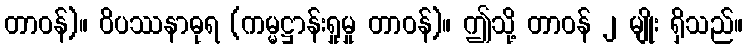
တာဝန်)။ ဝိပဿနာဓုရ (ကမ္မဋ္ဌာန်းရှုမှု တာဝန်)။ ဤသို့ တာဝန် ၂ မျိုး ရှိသည်။